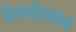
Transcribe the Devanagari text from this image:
प्रेरणोत्सव